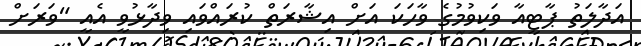
އަދާލަތު ޕާޓީއާ ވަކިވުމުގެ ވާހަކަ އަށް އިޝާރަތް ކުރައްވައި ވިދާޅުވީ އެއީ "ވަރަށް